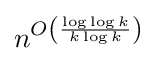
n^{O\left({\frac {\log \log k}{k\log k}}\right)}